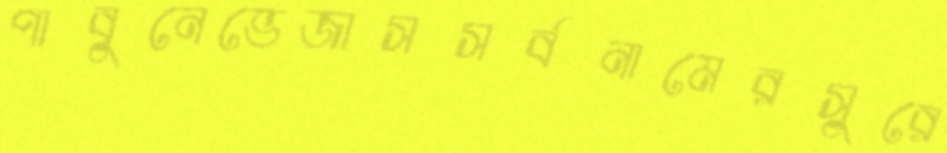
পাবুনেভেজাসসর্বনামেরসুরে